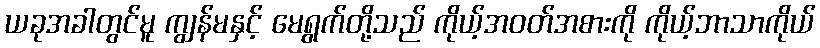
ယခုအခါတွင်မူ ကျွန်မနှင့် မေရွက်တို့သည် ကိုယ့်အဝတ်အစားကို ကိုယ့်ဘာသာကိုယ်